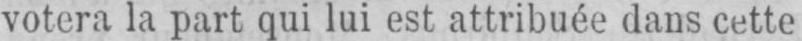
votera la part qui lui est attribuée dans cette